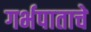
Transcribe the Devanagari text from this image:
गर्भपाताचे